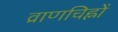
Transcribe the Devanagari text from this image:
व्राणचिह्नों